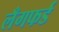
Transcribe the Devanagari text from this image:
लँगफर्ड